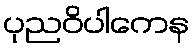
ပုညဝိပါကေန